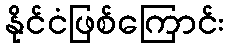
နိုင်ငံဖြစ်ကြောင်း